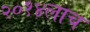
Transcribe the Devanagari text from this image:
२०१४लाच